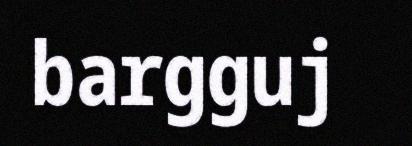
bargguj